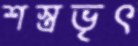
শস্ত্রভৃৎ